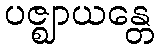
ပဇ္ဈာယန္တေ